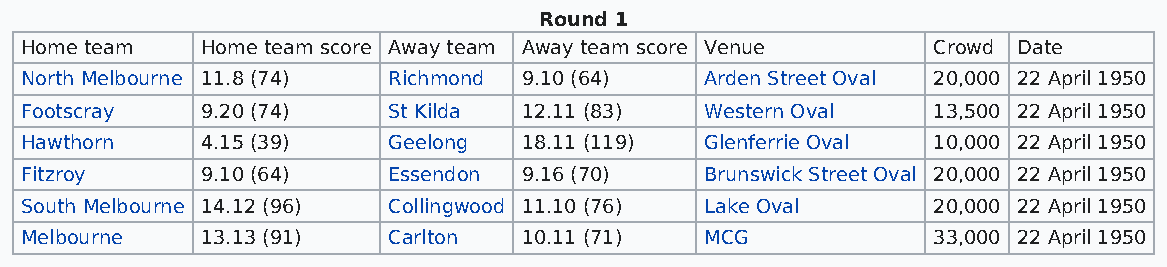
Round 1
 Home team   Home team score Away team Away team score Venue  Crowd Date
 North Melbourne 11.8 (74) Richmond 9.10 (64)  Arden Street Oval 20,000 22 April 1950
 Footscray   9.20 (74)    St Kilda 12.11 (83)  Western Oval   13,500 22 April 1950
 Hawthorn    4.15 (39)    Geelong  18.11 (119) Glenferrie Oval 10,000 22 April 1950
 Fitzroy     9.10 (64)    Essendon 9.16 (70)   Brunswick Street Oval 20,000 22 April 1950
 South Melbourne 14.12 (96) Collingwood 11.10 (76) Lake Oval  20,000 22 April 1950
 Melbourne   13.13 (91)   Carlton  10.11 (71)  MCG            33,000 22 April 1950